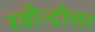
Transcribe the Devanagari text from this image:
रवीन्द्रोत्तर